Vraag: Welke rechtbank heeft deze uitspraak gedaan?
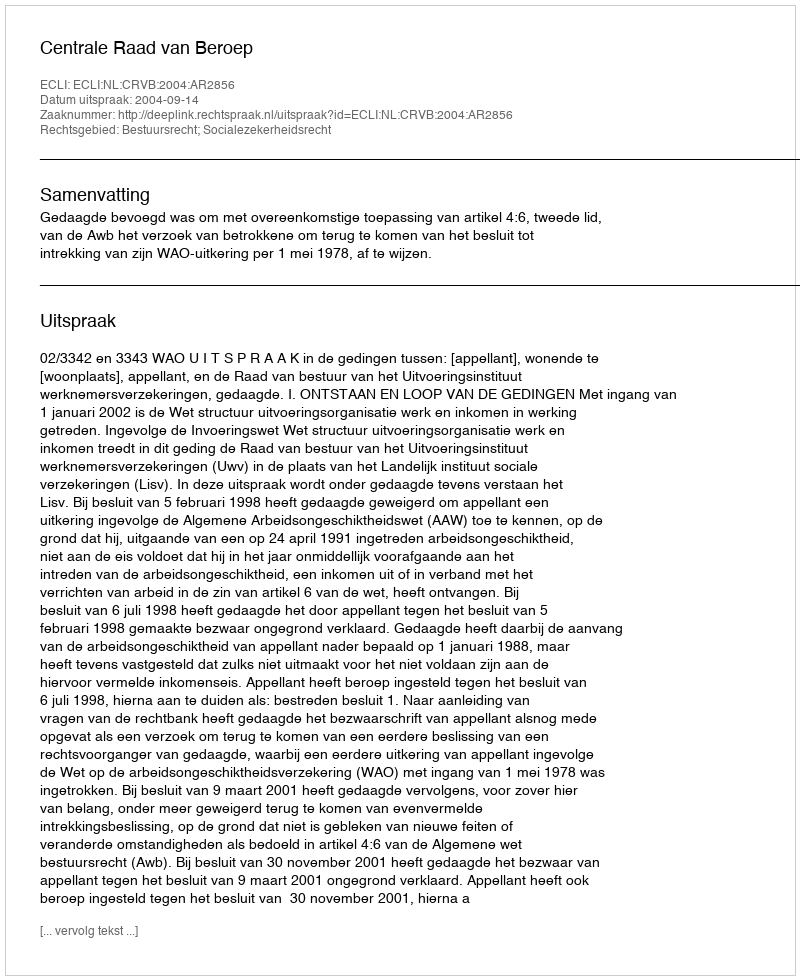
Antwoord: Centrale Raad van Beroep